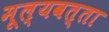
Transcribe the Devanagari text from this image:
मूल्यवत्ता